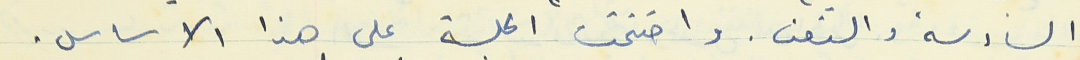
السادسة والنصف. واختتمت الجلسة على هذا الاساس.